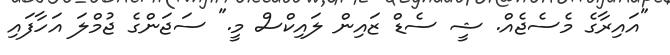
"އައިރާގެ މެސެޖެއް. ޝީ ސެޑް ޒައިން ލައިކްސް މީ." ސަޖަންގެ ޖުމްލަ އަހާފައި